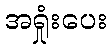
အရှုံးပေး